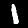
Label: 1